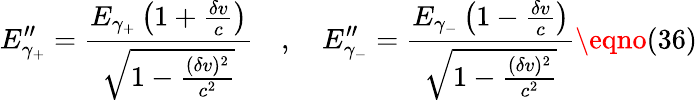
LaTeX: E_{\gamma_{+}}^{\prime\prime}=\frac{E_{\gamma_{+}}\left(1+\frac{\delta v}{c}\right)}{\sqrt{1-\frac{(\delta v)^{2}}{c^{2}}}}\quad,\quad E_{\gamma_{-}}^{\prime\prime}=\frac{E_{\gamma_{-}}\left(1-\frac{\delta v}{c}\right)}{\sqrt{1-\frac{(\delta v)^{2}}{c^{2}}}}\eqno(36)